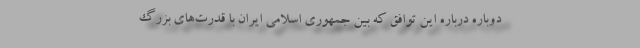
دوباره درباره این توافق که بین جمهوری اسلامی ایران با قدرت‌های بزرگ